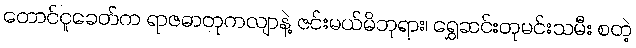
တောင်ငူခေတ်က ရာဇဓာတုကလျာနဲ့ ဇင်းမယ်မိဘုရား၊ ရွှေဆင်းတုမင်းသမီး စတဲ့